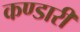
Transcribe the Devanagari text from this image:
कण्डारी